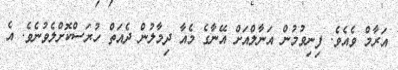
އަރާމް ވެއެވެ. ފިނިވުމުން އަނާލްއަށް އޭނާގެ މެއާ ދިމާލުން ދެއަތް ހުރަސްކޮށްލެވުނެވެ. އެ